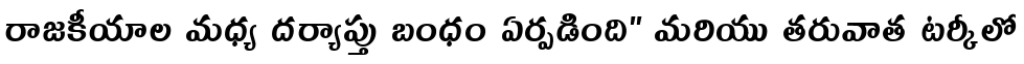
రాజకీయాల మధ్య దర్యాప్తు బంధం ఏర్పడింది" మరియు తరువాత టర్కీలో